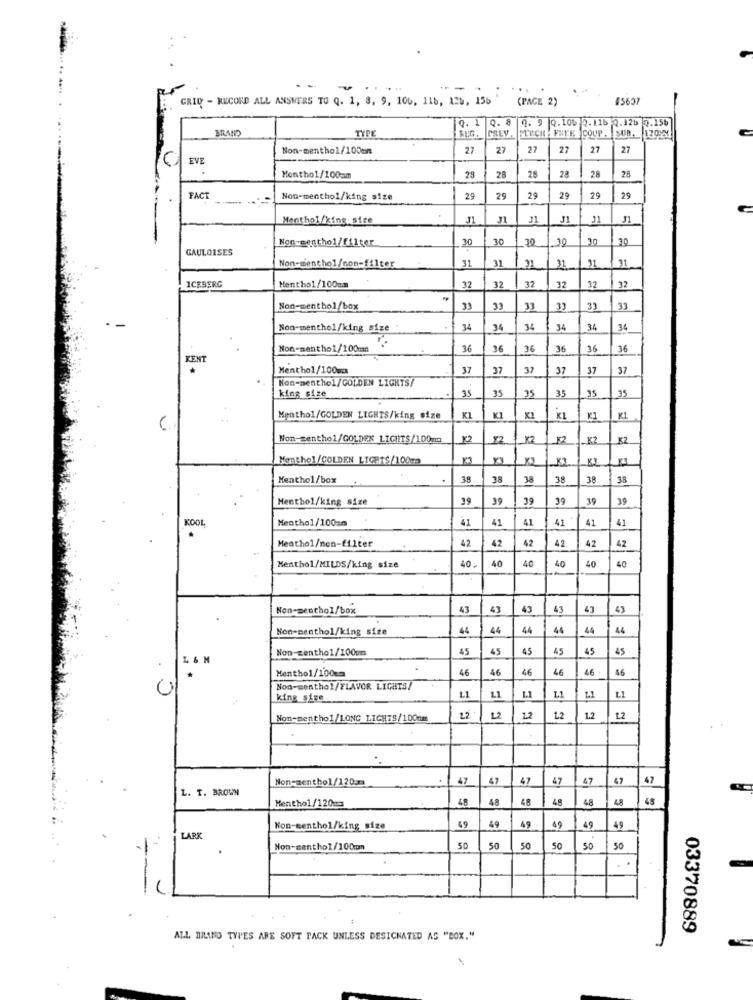
...
. ..
GRID - RECORD ALL ANSWERS TO Q. 1, 8, 9, 106, 118, 120, 156
(PAGE 2)
45657
0. 1
Q. 8
0. 9 0.10₺ 0.11b 7.12b 0.15%
BRAND
TYPE
GREY.
PLECH - FNTE COUP, SUR.
12099
Non-menthol/100mn
27
27
27
27
27
27
EVE
28
Monthol/100am
28
28
28
28
28
FACT
Non-menthol/king size
29
29
29
29
29
29
Menthol/king size
J1
J1
Non-menthol/filter
30
30
GAULOISES
20
31
31
31
31
Non-menthol/non-filter
31
21
Menthol/100mm
32
ICEBERG
32
32
32
22
32
Non-menthol/box
33
33
33
33
33
Non-menthol/king size
34
34
34
34
34
34
Non-menthol/100cm
36
36
36
36
36
36
KENT
Menthol/100ma
37
37
37
37
37
37
Non-menthol/GOLDEN LIGHTS/
35
35
35
35
35
king size
Menthol/GOLDEN LIGHTS/king size
KI
KI
KL
K1
Non-menthol/GOLDEN LIGHTS/100mm
¥2
¥2
-K2
K2
Menthol/COLDEN LIGHTS/100mm
Y3
K1
Menthol/box
.
38
35
38
38
38
38
Menthol/king size
39
39
39
39
39
35
KOOL
Menthol/100=6
41
41
41
41
41
41
Meathol/non-filter
42
42
42
42
42
40
40
40
40
40
Menthol/MILDS/king size
40.
Non-menthol/box
43
43
43
43
43
43
Non-menthol/king size
44
44
44
44
44
Non-zentho1/100um
45
45
45
45
45
45
Menthol/100cm
46
46
46
46
46
$6
Non-menthol/FLAVOR LIGHTS/
11
11
king size
L1
L1
Non-menthol/LONG LIGHTS/100mm
2.2
12
12
12
12
L2
Non-menthol/120cm
47
47
47
47
47
47
L. T. BROWN
Menthol/120m3
48
48
5
40
49
Non-menthol/king size
49
49
49
49
LAR
Non-menthol/100cm
50
50
50
50
50
50
--
03370889
ALL BRAND TYPES ARE SOFT PACK UNLESS DESIGNATED AS "BOX."